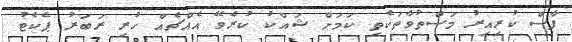
ފާސް ކުރިއިރު މަސްތުވާތަކެތި ކަމަށް ޝައްކު ކުރެވޭ އެއްޗެއް ހުރި ރަބަރު ޕެކެޓު